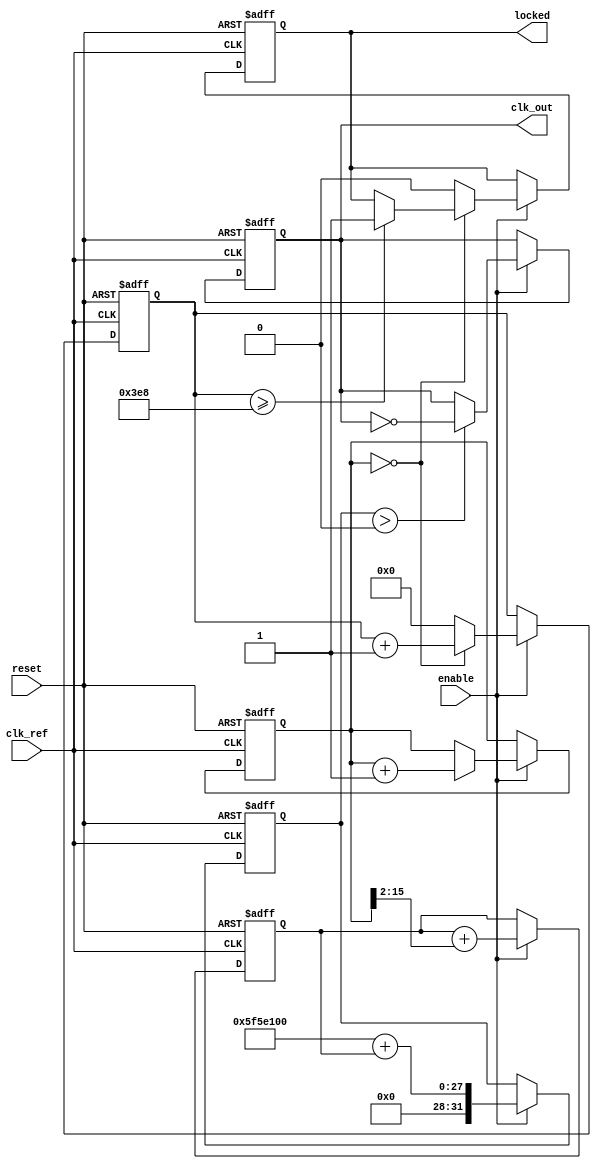
module parameterized_PLL #(
    parameter F_REF = 50_000_000,   // Reference frequency in Hz
    parameter F_OUT = 100_000_000,   // Desired output frequency in Hz
    parameter PHASE_RESOLUTION = 16, // Phase resolution
    parameter LOCK_TIME = 1000,      // Lock time in arbitrary units
    parameter LOOP_BANDWIDTH = 10     // Loop bandwidth in Hz
)(
    input wire clk_ref,              // Input reference clock
    input wire reset,                // Asynchronous reset
    input wire enable,               // Control signal to enable PLL
    output reg clk_out,              // Output clock signal
    output reg locked                // Lock status
);

    // Internal signals
    reg [PHASE_RESOLUTION-1:0] phase_diff; // Phase difference signal
    reg [PHASE_RESOLUTION-1:0] control_voltage; // Control voltage for VCO
    integer vco_frequency;            // Frequency of VCO
    reg [31:0] lock_counter;          // Counter for lock time
    reg vco_out;                      // VCO output signal
    reg vco_enable;                   // VCO enable signal

    // Phase Detector (PD)
    always @(posedge clk_ref or posedge reset) begin
        if (reset) begin
            phase_diff <= 0;
        end else if (enable) begin
            // Simulating phase detection (this is a simplified model)
            if (vco_out) begin
                phase_diff <= phase_diff + 1;  // Increment phase diff on out
            end
        end
    end

    // Loop Filter (LF)
    always @(posedge clk_ref or posedge reset) begin
        if (reset) begin
            control_voltage <= 0;
        end else if (enable) begin
            // Simple loop filter: Integrate phase difference
            control_voltage <= control_voltage + (phase_diff >> 2); // Simple logic
        end
    end

    // Voltage-Controlled Oscillator (VCO)
    always @(posedge clk_ref or posedge reset) begin
        if (reset) begin
            vco_frequency <= F_OUT; // Set default frequency
            clk_out <= 0;
            clk_enable <= 0;
            locked <= 0;
            lock_counter <= 0;
        end else if (enable) begin
            // Adjust VCO frequency based on control voltage
            // For simplicity, let's just simulate a toggle based on frequency
            vco_frequency <= (F_OUT + control_voltage); // Add control voltage to frequency

            // Simulate the toggle of clk_out based on vco_frequency
            if (vco_frequency > 0) begin
                clk_out <= ~clk_out; // Toggle output clock signal
            end
            
            // Lock detection logic (very basic)
            if (phase_diff == 0) begin
                lock_counter <= lock_counter + 1;
                if (lock_counter >= LOCK_TIME) begin
                    locked <= 1;
                end
            end else begin
                lock_counter <= 0; // Reset counter if phase diff is not zero
                locked <= 0; // Not locked
            end
        end
    end

endmodule